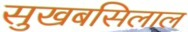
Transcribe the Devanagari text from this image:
सुखबसिलाल